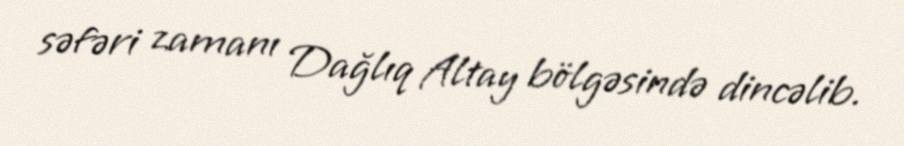
səfəri zamanı Dağlıq Altay bölgəsində dincəlib.